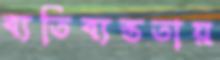
ব্যতিব্যস্ততায়